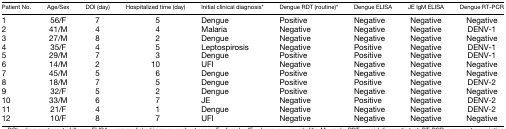
<table><thead><tr><td><b>Patient No.</b></td><td><b>Age/Sex</b></td><td><b>DOI (day)</b></td><td><b>Hospitalized time (day)</b></td><td><b>Initial clinical diagnosis*</b></td><td><b>Dengue RDT (routine)*</b></td><td><b>Dengue ELISA</b></td><td><b>JE IgM ELISA</b></td><td><b>Dengue RT-PCR</b></td></tr></thead><tbody><tr><td>1</td><td>56/F</td><td>7</td><td>5</td><td>Dengue</td><td>Positive</td><td>Negative</td><td>Negative</td><td>Negative</td></tr><tr><td>2</td><td>41/M</td><td>4</td><td>4</td><td>Malaria</td><td>Negative</td><td>Negative</td><td>Negative</td><td>DENV-1</td></tr><tr><td>3</td><td>27/M</td><td>8</td><td>2</td><td>Dengue</td><td>Negative</td><td>Negative</td><td>Negative</td><td>Negative</td></tr><tr><td>4</td><td>35/F</td><td>4</td><td>5</td><td>Leptospirosis</td><td>Negative</td><td>Positive</td><td>Negative</td><td>DENV-1</td></tr><tr><td>5</td><td>29/M</td><td>7</td><td>3</td><td>Dengue</td><td>Positive</td><td>Positive</td><td>Negative</td><td>DENV-1</td></tr><tr><td>6</td><td>14/M</td><td>2</td><td>10</td><td>UFI</td><td>Negative</td><td>Negative</td><td>Negative</td><td>Negative</td></tr><tr><td>7</td><td>45/M</td><td>5</td><td>6</td><td>Dengue</td><td>Positive</td><td>Negative</td><td>Negative</td><td>Negative</td></tr><tr><td>8</td><td>18/M</td><td>7</td><td>5</td><td>Dengue</td><td>Positive</td><td>Positive</td><td>Negative</td><td>DENV-2</td></tr><tr><td>9</td><td>32/F</td><td>5</td><td>2</td><td>Dengue</td><td>Positive</td><td>Negative</td><td>Negative</td><td>Negative</td></tr><tr><td>10</td><td>33/M</td><td>6</td><td>7</td><td>JE</td><td>Negative</td><td>Positive</td><td>Negative</td><td>DENV-2</td></tr><tr><td>11</td><td>21/F</td><td>4</td><td>1</td><td>Dengue</td><td>Negative</td><td>Negative</td><td>Negative</td><td>DENV-2</td></tr><tr><td>12</td><td>10/F</td><td>8</td><td>7</td><td>UFI</td><td>Negative</td><td>Negative</td><td>Negative</td><td>Negative</td></tr></tbody></table>